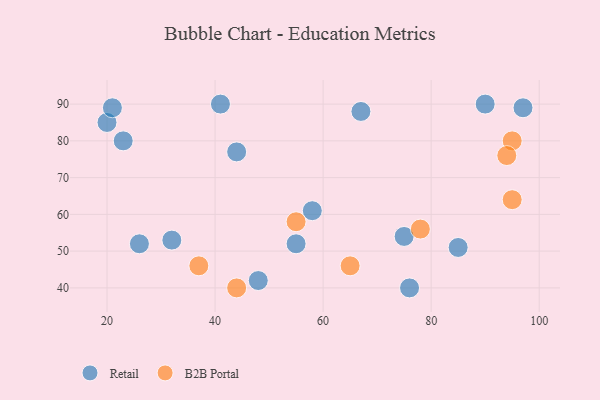
{"axis": {"x": "GDP", "y": "Life Expectancy"}, "legend": ["B2B Portal", "Retail"], "data": [{"x": "20", "y": 85, "type": "Retail"}, {"x": "41", "y": 90, "type": "Retail"}, {"x": "21", "y": 89, "type": "Retail"}, {"x": "58", "y": 61, "type": "Retail"}, {"x": "23", "y": 80, "type": "Retail"}, {"x": "97", "y": 89, "type": "Retail"}, {"x": "48", "y": 42, "type": "Retail"}, {"x": "67", "y": 88, "type": "Retail"}, {"x": "85", "y": 51, "type": "Retail"}, {"x": "75", "y": 54, "type": "Retail"}, {"x": "76", "y": 40, "type": "Retail"}, {"x": "44", "y": 77, "type": "Retail"}, {"x": "55", "y": 52, "type": "Retail"}, {"x": "32", "y": 53, "type": "Retail"}, {"x": "26", "y": 52, "type": "Retail"}, {"x": "90", "y": 90, "type": "Retail"}, {"x": "95", "y": 80, "type": "B2B Portal"}, {"x": "37", "y": 46, "type": "B2B Portal"}, {"x": "78", "y": 56, "type": "B2B Portal"}, {"x": "65", "y": 46, "type": "B2B Portal"}, {"x": "44", "y": 40, "type": "B2B Portal"}, {"x": "95", "y": 64, "type": "B2B Portal"}, {"x": "55", "y": 58, "type": "B2B Portal"}, {"x": "94", "y": 76, "type": "B2B Portal"}]}